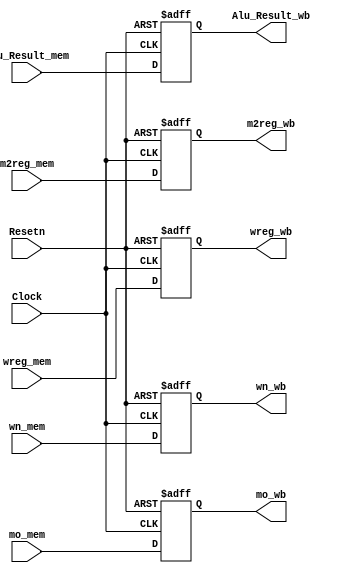
`timescale 1ns / 1ps
//////////////////////////////////////////////////////////////////////////////////
// Company: 
// Engineer: 
// 
// Design Name: 
// Module Name:    Link45 
// Project Name: 
// Target Devices: 
// Tool versions: 
// Description: 
//
// Dependencies: 
//
// Revision: 
// Revision 0.01 - File Created
// Additional Comments: 
//
//////////////////////////////////////////////////////////////////////////////////
module Link45(
	Alu_Result_mem, mo_mem, m2reg_mem, wn_mem, wreg_mem,
	Alu_Result_wb, mo_wb, m2reg_wb, wn_wb, wreg_wb,
	Clock, Resetn
);
	input [31:0] Alu_Result_mem, mo_mem;
	input m2reg_mem, Clock, Resetn, wreg_mem;
	input [4:0] wn_mem;
	output [31:0] Alu_Result_wb, mo_wb;
	output m2reg_wb, wreg_wb;
	output [4:0] wn_wb;
	
	reg [31:0] Alu_Result_wb, mo_wb;
	reg m2reg_wb, wreg_wb;
	reg [4:0] wn_wb;
	
	always @ (posedge Clock or negedge Resetn) begin
		if (Resetn == 0) begin
			Alu_Result_wb <= 0;
			mo_wb <= 0;
			m2reg_wb <= 0;
			wn_wb <= 0;
			wreg_wb <= 0;
		end
		else begin
			Alu_Result_wb <= Alu_Result_mem;
			mo_wb <= mo_mem;
			m2reg_wb <= m2reg_mem;
			wn_wb <= wn_mem;
			wreg_wb <= wreg_mem;
		end
	end

endmodule